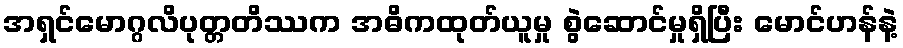
အရှင်မောဂ္ဂလိပုတ္တတိဿက အဓိကထုတ်ယူမှု စွဲဆောင်မှုရှိပြီး မောင်ဟန်နဲ့